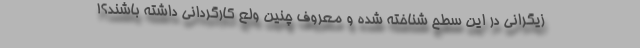
زیگرانی در این سطح شناخته شده و معروف چنین ولع کارگردانی داشته باشند؟!